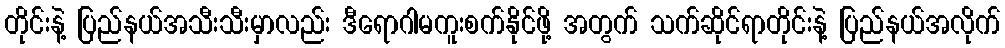
တိုင်းနဲ့ ပြည်နယ်အသီးသီးမှာလည်း ဒီရောဂါမကူးစက်နိုင်ဖို့ အတွက် သက်ဆိုင်ရာတိုင်းနဲ့ ပြည်နယ်အလိုက်